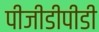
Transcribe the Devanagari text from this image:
पीजीडीपीडी